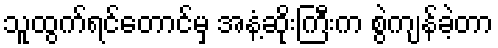
သူထွက်ရင်တောင်မှ အနံ့ဆိုးကြီးက စွဲကျန်ခဲ့တာ